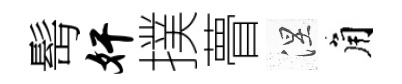
髩奸撲瞢涅角